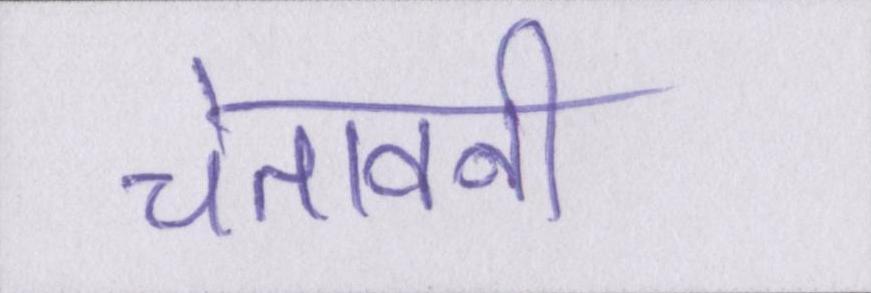
चेतावनी